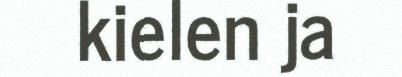
kielen ja